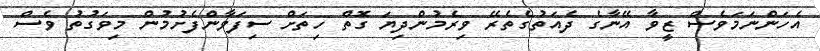
އެހަންނަމަވެސް ޒީވާ އޭނާގެ ދެއަތުގެތެރޭ ވިރެމުންދިޔަ ގޮތް ހިތަށް ސިފަވާންފެށުމުން މިވަގުތު ވެސް